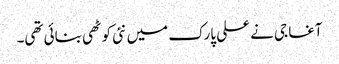
آغا جی نے علی پارک میں نئی کوٹھی بنائی تھی۔